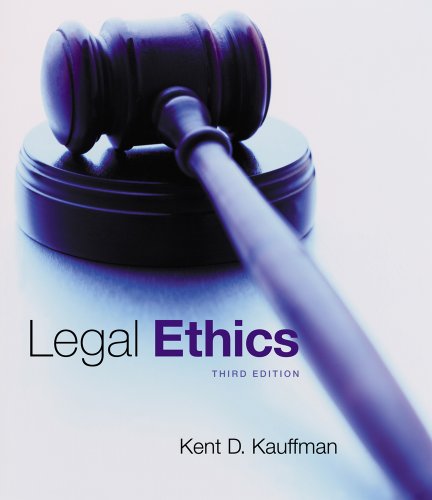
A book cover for Legal Ethics; Kent Kauffman; Law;